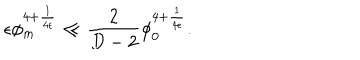
LaTeX: \epsilon \phi _ { m } ^ { 4 + { \frac { 1 } { 4 \epsilon } } } \ll { \frac { 2 } { D - 2 } } \phi _ { 0 } ^ { 4 + { \frac { 1 } { 4 \epsilon } } } .